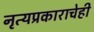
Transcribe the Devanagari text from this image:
नृत्यप्रकाराचेही